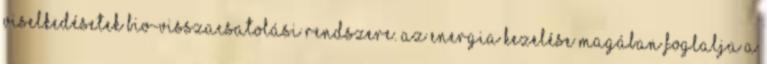
viselkedésetek bio-visszacsatolási rendszere. Az energia kezelése magában foglalja a